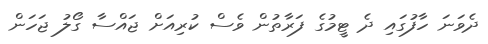
ދެވަނަ ހާފުގައި ދެ ޓީމުގެ ފަރާތުން ވެސް ކުރިއަށް ޖައްސާ ގޯލު ޖަހަން